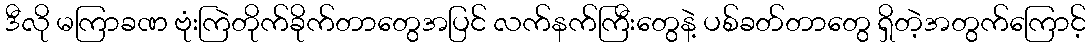
ဒီလို မကြာခဏ ဗုံးကြဲတိုက်ခိုက်တာတွေအပြင် လက်နက်ကြီးတွေနဲ့ ပစ်ခတ်တာတွေ ရှိတဲ့အတွက်ကြောင့်